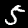
Label: 5